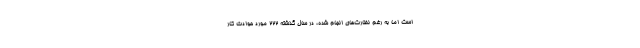
است اما به رغم نظارت‌های انجام شده، در سال گذشته ۲۲۲ مورد حوادث کار